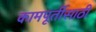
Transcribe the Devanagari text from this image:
कामपूर्तीसाठी